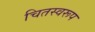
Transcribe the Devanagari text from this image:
चितस्वरूप